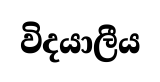
විදයාලීය